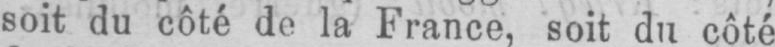
soit du côté de la France, soit du côté